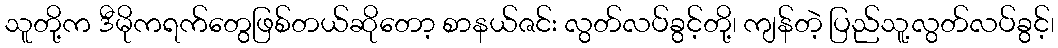
သူတို့က ဒီမိုကရက်တွေဖြစ်တယ်ဆိုတော့ စာနယ်ဇင်း လွတ်လပ်ခွင့်တို့၊ ကျန်တဲ့ ပြည်သူ့လွတ်လပ်ခွင့်၊